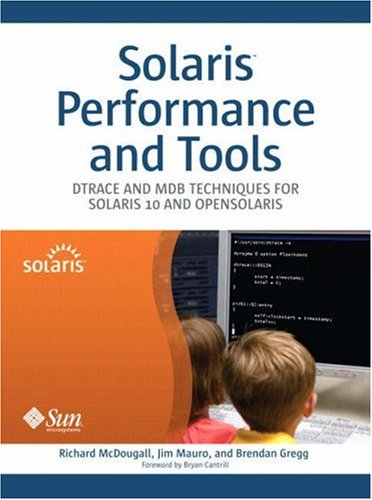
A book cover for Solaris Performance and Tools: DTrace and MDB Techniques for Solaris 10 and OpenSolaris; Richard McDougall; Computers & Technology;